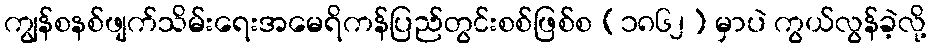
ကျွန်စနစ်ဖျက်သိမ်းရေးအမေရိကန်ပြည်တွင်းစစ်ဖြစ်စ (၁၈၆၂) မှာပဲ ကွယ်လွန်ခဲ့လို့